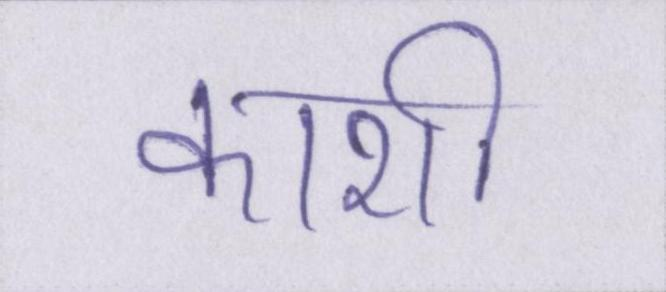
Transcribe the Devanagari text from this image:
काशी